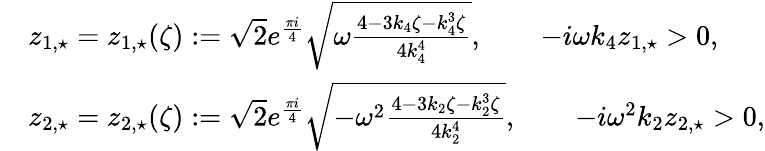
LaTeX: \begin{array}{rl}&{z_{1,\star}=z_{1,\star}(\zeta):=\sqrt{2}e^{\frac{\pi i}{4}}\sqrt{\omega\frac{4-3k_{4}\zeta-k_{4}^{3}\zeta}{4k_{4}^{4}}},\qquad-i\omega k_{4}z_{1,\star}>0,}\\ &{z_{2,\star}=z_{2,\star}(\zeta):=\sqrt{2}e^{\frac{\pi i}{4}}\sqrt{-\omega^{2}\frac{4-3k_{2}\zeta-k_{2}^{3}\zeta}{4k_{2}^{4}}},\qquad-i\omega^{2}k_{2}z_{2,\star}>0,}\end{array}